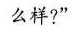
么样?